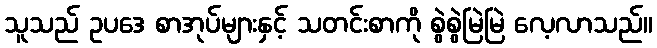
သူသည် ဥပဒေ စာအုပ်များနှင့် သတင်းစာကို စွဲစွဲမြဲမြဲ လေ့လာသည်။